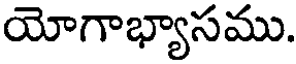
యోగాభ్యాసము.